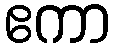
ဧကာ